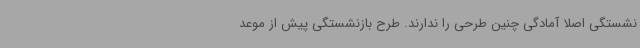
نشستگی اصلا آمادگی چنین طرحی را ندارند. طرح بازنشستگی پیش از موعد